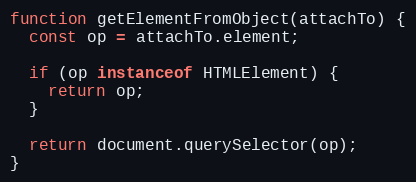
Language: JavaScript
function getElementFromObject(attachTo) {
  const op = attachTo.element;

  if (op instanceof HTMLElement) {
    return op;
  }

  return document.querySelector(op);
}